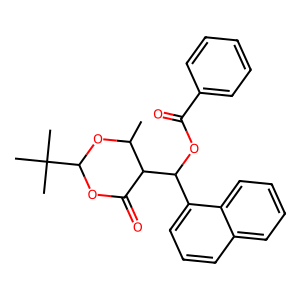
SMILES: CC1OC(C(C)(C)C)OC(=O)C1C(OC(=O)c1ccccc1)c1cccc2ccccc12
Inhibits HIV replication: No